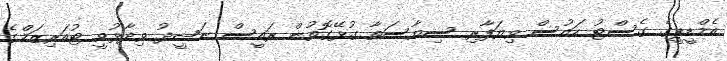
އެމްޑީޕީގެ ގެސްޓު ހައުސް ވިޔަފާރި ސިޔާސަތާ ގުޅޭގޮތުން ރައީސް ނަޝީދު ވިދާޅުވީ ޓުއަރިޒަމްގެ